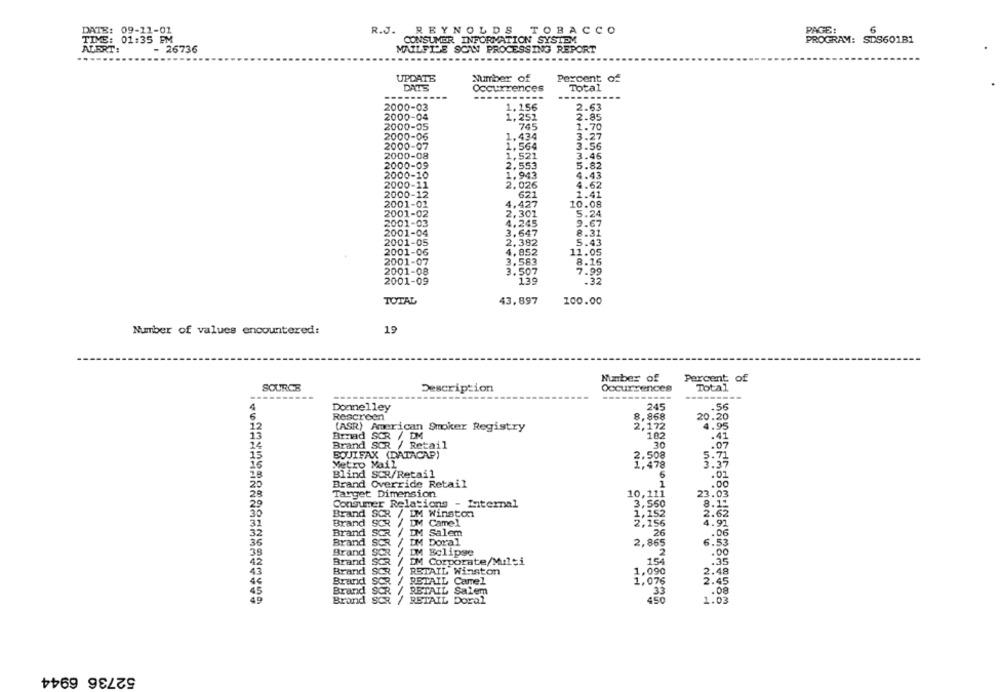
DATE: 09-11-01
R.J. REYNOLDS TOBACCO
PAGE:
TIME: 01:35 PM
CONSUMER INFORMATION SYSTEM
PROGRAM: SDS601B1
ALERT:
- 26736
MAILFILE SCAN PROCESSING REPORT
UPDATE
Number of
Percent
DATS
Occurrences
Total
---
------
----
2000-03
1.156
2.63
2000-04
1,251
2.85
2000-05
745
1.70
2000-06
1,434
3.27
2000-07
1.564
3.56
2000-08
1,521
3.46
2000-09
2,553
5.82
2000-10
1,943
4.43
2000-11
2.026
4.62
2000-12
621
1.41
2001-02
4,427
10.08
2001-02
2,301
5.24
2001-03
4,245
9.67
2001-04
3.647
8.31
2001-05
2,382
5.43
2001-06
4.852
11.05
2001-07
3.583
8.16
2001-08
3.507
7.99
2001-09
139
.32
TOTAL
43,897
100.00
Number of values encountered:
19
Number of
Percent of
SOURCE
Description
Occurrences
Total
-----------
4
Dommelley
245
.56
Rescreen
8,868
20.20
(ASR) American Smoker Registry
2,172
4.95
13
Braad SCR / DM
102
.41
Brand SCR / Retail
30
EQUIFAX (DATACAP)
15
Metro Mail
3:35
3:478
Blind SCR/Retail
6
.01
Brand Override Retail
1
1.00
Target Dimension
23.03
Consumer Relations - Internal
29
Brand SCR / DM Winston
2.62
Brand SCR / DM Camel
2,156
OMHN
Brand SCR / DM Salem
26
.06
Brand SCR / DM Doral
2,865
6.53
Brand SCR / DM Eclipse
2
.00
12
Brand SOR / DM Corporate/Multi
154
:35
13
Brand SCR / RETAIL Winston
1,090
2.48
Brand SCR / RETAIL Camel
2.45
1,076
Brand SCR / RETAIL Salem
.08
Brand SCR / RETAIL Doral
450
1.03
52736 6944